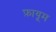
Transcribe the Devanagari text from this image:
फ़ायूम